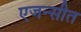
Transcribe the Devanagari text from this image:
एजन्सीत